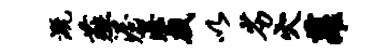
溉薤渥渥戏以劣穴萝